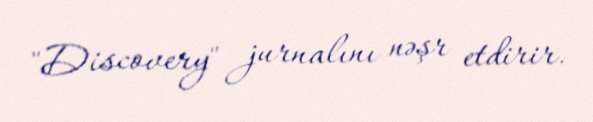
"Discovery" jurnalını nəşr etdirir.